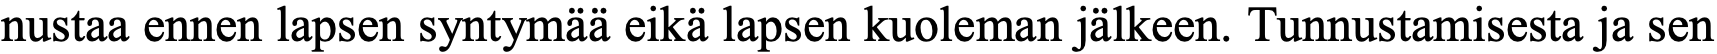
nustaa ennen lapsen syntymää eikä lapsen kuoleman jälkeen. Tunnustamisesta ja sen